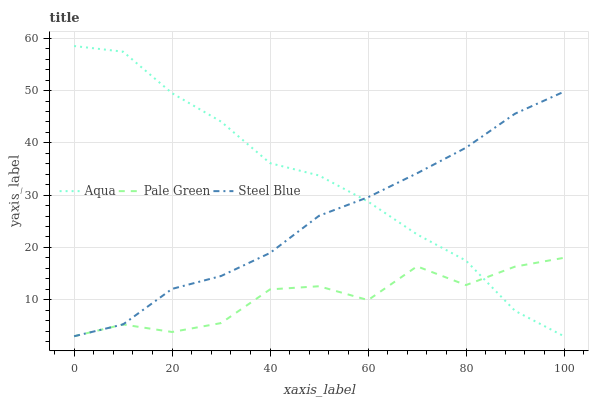
| xaxis_label | Aqua | Pale Green | Steel Blue |
 | --- | --- | --- | --- |
 | 0 | 58.5 | 3 | 3 |
 | 10 | 57.4 | 5.26 | 5.27 |
 | 20 | 49.5 | 3.82 | 12.1 |
 | 30 | 44.1 | 5.52 | 14.5 |
 | 40 | 36.1 | 12 | 18.9 |
 | 50 | 33.8 | 12.6 | 26 |
 | 60 | 28.8 | 9.92 | 29.6 |
 | 70 | 22.5 | 16.4 | 34.2 |
 | 80 | 17.5 | 12.8 | 39.1 |
 | 90 | 7.86 | 16.3 | 45.6 |
 | 100 | 3 | 18 | 49.8 |